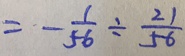
= - \frac { 1 } { 5 6 } \div \frac { 2 1 } { 5 6 }